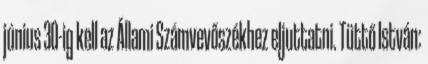
június 30-ig kell az Állami Számvevőszékhez eljuttatni. Tüttő István: